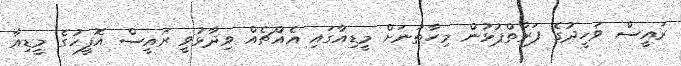
ރައީސް ވަހީދުގެ ފަރާތްޕުޅުން މިހާތަނަށް މީޑިއާގައި އެއްޗެއް ވިދާޅުވީ ރައީސް އޮފީހުގެ މީޑިއާ